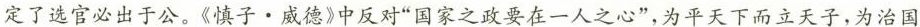
定了选官必出于公。《慎子 · 威德》中反对”国家之政要在一人之心”，为平天下而立天子，为治国